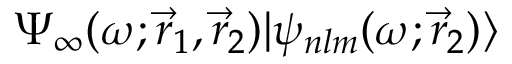
{ \Psi _ { \infty } ( \omega ; \vec { r } _ { 1 } , \vec { r } _ { 2 } ) | \psi _ { n l m } ( \omega ; \vec { r } _ { 2 } ) \rangle }